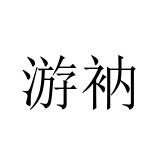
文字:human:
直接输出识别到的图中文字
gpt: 游衲